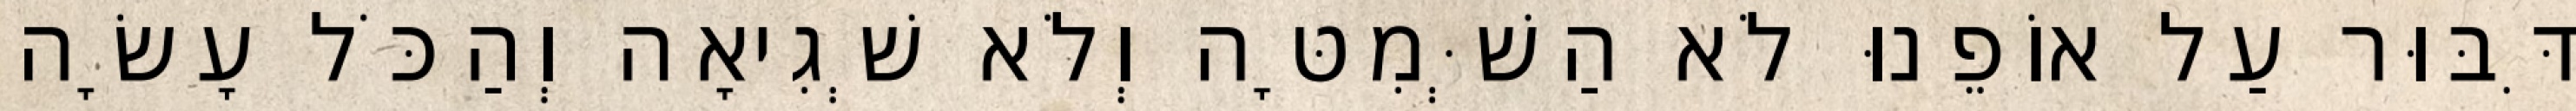
דִּבּוּר עַל אוֹפֵנוּ לֹא הַשְּׁמִטָּה וְלֹא שְׁגִיאָה וְהַכֹּל עָשָׂה